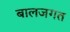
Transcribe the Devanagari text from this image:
बालजगत